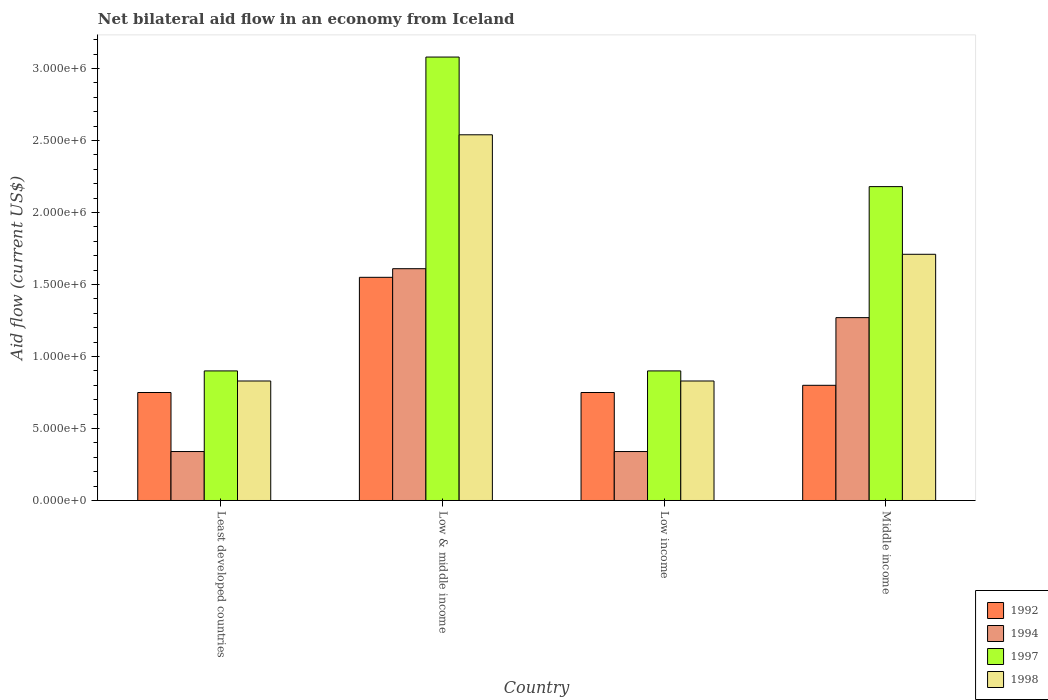
| Country | 1992 | 1994 | 1997 | 1998 |
 | --- | --- | --- | --- | --- |
 | Least developed countries | 7.5e+05 | 3.4e+05 | 9e+05 | 8.3e+05 |
 | Low & middle income | 1.55e+06 | 1.61e+06 | 3.08e+06 | 2.54e+06 |
 | Low income | 7.5e+05 | 3.4e+05 | 9e+05 | 8.3e+05 |
 | Middle income | 8e+05 | 1.27e+06 | 2.18e+06 | 1.71e+06 |